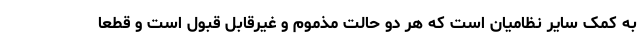
به کمک سایر نظامیان است که هر دو حالت مذموم و غیرقابل قبول است و قطعا